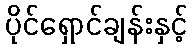
ပိုင်ရှောင်ချန်းနှင့်